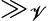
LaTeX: \gg_{\mathscr{V}}